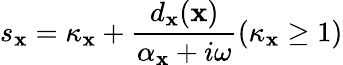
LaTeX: s_{\mathbf{x}}=\kappa_{\mathbf{x}}+\frac{{d_{\mathbf{x}}(\mathbf{x})}}{{\alpha_{\mathbf{x}}+i\omega}}(\kappa_{\mathbf{x}}\ge1)